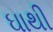
ઘાથી